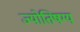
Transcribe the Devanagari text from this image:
ज्योतिषग्य